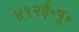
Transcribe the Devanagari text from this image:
४१२ई॰पू॰